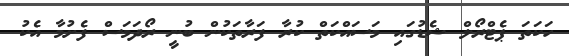
ހަކަތަ ޕެޓްރޯލް ޝެޑުގައި މަސައްކަތް ކުރާ ފަރާތަކުން ބުނީ ރޯދަމަސް ފެށުމާ އެކު